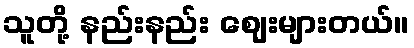
သူတို့ နည်းနည်း ဈေးများတယ်။